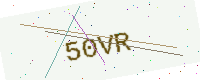
Text: 50VR